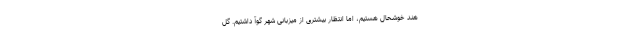
هند خوشحال هستیم، اما انتظار بیشتری از میزبانی شهر گوآ داشتیم. گل